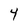
Character: 4